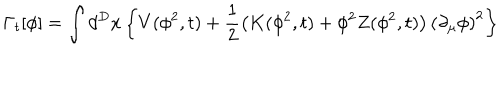
LaTeX: \Gamma _ { t } [ \phi ] = \int d ^ { D } x \left\{ V ( \phi ^ { 2 } , t ) + \frac { 1 } { 2 } \left( K ( \phi ^ { 2 } , t ) + \phi ^ { 2 } Z ( \phi ^ { 2 } , t ) \right) \left( \partial _ { \mu } \phi \right) ^ { 2 } \right\}